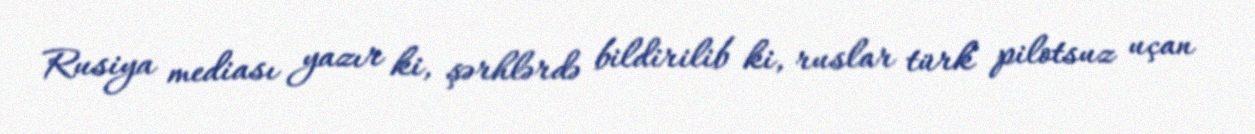
Rusiya mediası yazır ki, şərhlərdə bildirilib ki, ruslar türk pilotsuz uçan